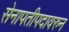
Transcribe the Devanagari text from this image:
सेनापतीपदावरुन